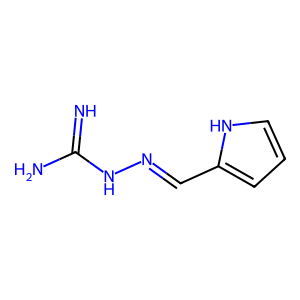
SMILES: N=C(N)NN=Cc1ccc[nH]1
Inhibits HIV replication: No